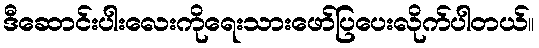
ဒီဆောင်းပါးလေးကိုရေးသားဖော်ပြပေးလိုက်ပါတယ်။